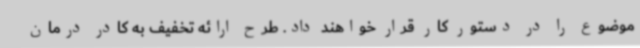
موضوع را در دستور کار قرار خواهند داد. طرح ارائه تخفیف به کادر درمان